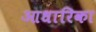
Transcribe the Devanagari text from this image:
आधारिका